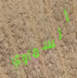
السماوي